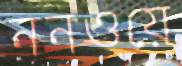
ননওয়ে